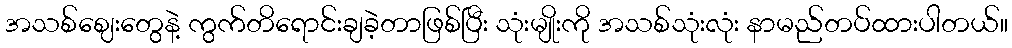
အသစ်ဈေးတွေနဲ့ ကွက်တိရောင်းချခဲ့တာဖြစ်ပြီး သုံးမျိုးကို အသစ်သုံးလုံး နာမည်တပ်ထားပါတယ်။